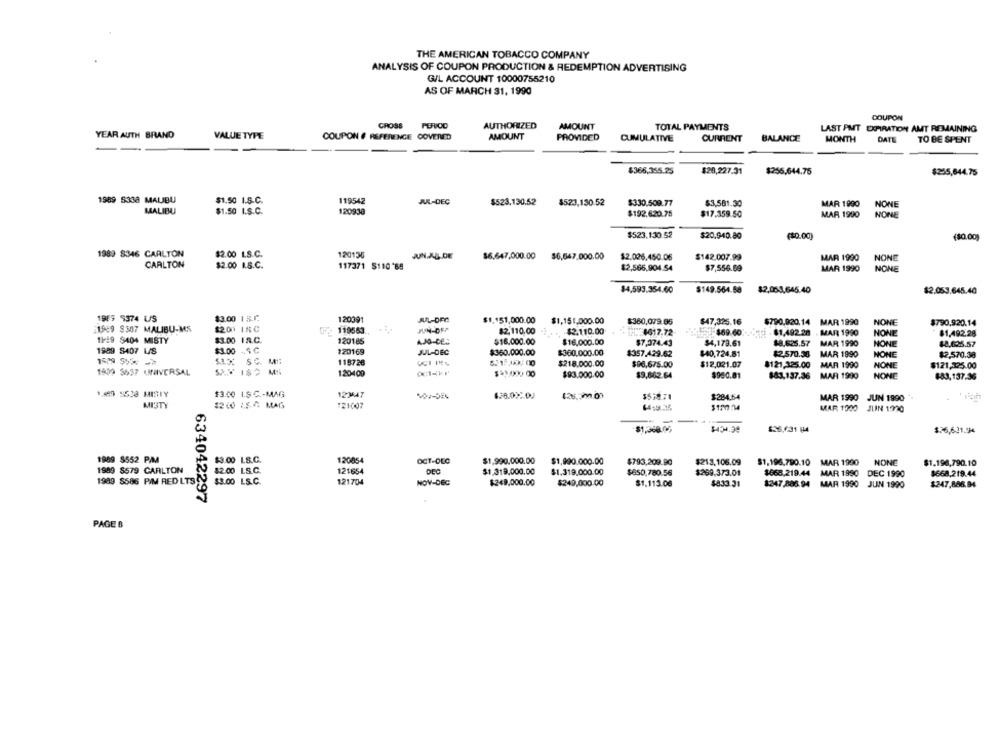
THE AMERICAN TOBACCO COMPANY
ANALYSIS OF COUPON PRODUCTION & REDEMPTION ADVERTISING
G/L ACCOUNT 10000755210
AS OF MARCH 31, 1990
COUPON
CROSS
PERVOD
AUTHORIZED
AMOUNT
TOTAL PAYMENTS
LAST PMT EXPIRATION AMT REMAINING
YEAR AUTH BRAND
VALUE TYPE
COUPON # REFERENCE COVERED
AMOUNT
PROVIDED
CUMULATIVE
CURRENT
BALANCE
MONTH
DATE
TO BE SPENT
$366,355.25
$20,227.31
$256.644.75
$255,844.75
1989 5338 MALIBU
$1.50 I.S.C.
119542
JUL-DEC
$523.130.52
$523,130.52
$330,509.77
$3,581.30
MAR 1990
NONE
MALIBU
$1.50 I.S.C.
120930
$192.620.75
$17.359.50
MAR 1990
NONE
$523.130.52
$20.940.80
($0.00)
(30.00)
1989 8346 CARLTON
$2.00 L.S.C.
120136
JUN.AL DE
$6.647,000.00 $6,647.000.00
$2.026,450.06
$142.007.99
MAR 1990
NONE
CARLTON
$2.00 I.S.C.
117371 $110'69
$2,566,904.54
$7,556.69
MAR 1990
NONE
$4,593.354.60
$149.564.58
$2,051.645.40
$2.053.645.40
1987 9374 US
$3.00 1 3.7.
120391
JUL-DEC
$1.151,000.00
$1,151,000.00
$360,079.95
$47,325.16
$790,920.14 MAR 1990
NONE
$790,920.14
1989 9307 MALIBU-MS
$200 18C
119563
JUN-OFF
$2.110.00
$2.110.00
JinE: 6617.72
-$69.60
- 81,492.28 . MAR 1990
NONE
$1,492.28
11-29 $404 MISTY
$3.00 1A.C.
120185
AJO-BES
$16.000.00
$16,000.00
$7,374.43
$4,179.61
$8.625.57
MAR 1990
NONE
88.635.57
1989 8407 US
$3.00 - 4 C
120169
JUL-DEC
$360.000.00
$360,000.00
$357.429.62
$40,724.81
NONE
115726
$2.570.38
MAR 1990
$2,570.38
SIX SC. MS:
$218.000.00
$96,675.00
$12,021.07
8121,325.00
MAR 1990
NONE
$121,325.00
1809 5637 UNIVERSAL
120400
$=1000 00
$93.000.00
$9,802.64
$980.81
883,137.36 MAR 1990
NONE
6-83,137.36
1.20 5523 MISTY
$3.00 I.S.C .- MAG
123547
$539.71
$284.54
MAR 1990 JUN 1990
MISTY
1260 1,5 6 MAG
121007
14:9.35
MAR 1000 JUIN 1970
$1,368 0;
$36.631 84
$26,621.94
1969 5552 PM
$3.00 L.S.C.
120054
OCT-DEC
$1,990.000.00
$1.990.000.00
$793,209.90
$213.106.09
$1.196.790.10 MAR 1990
NONE
$1.198,790.10
$2.00 LS.C.
121654
$1.319,000.00
$1.319.000.00
$650.780.56
$269.373.01
$668.219.44 MAR 1990 DEC 1990
$668.219.44
1989 8579 CARLTON
121704
NOV-DEC
1989 8586 PIM RED LTS : $3.00 LS.C.
$249,000.00
$249,000.00
$1.113.06
$833.31
1247,886.94 MAR 1990 JUIN 1990
$247,886.94
634042297
PAGES